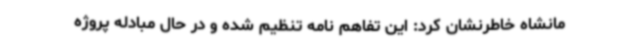
مانشاه خاطرنشان کرد: این تفاهم نامه تنظیم شده و در حال مبادله پروژه